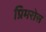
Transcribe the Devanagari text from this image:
प्रिमरोस